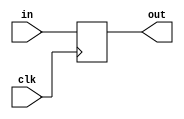
// bitcell.v
// How to use registers to latch data into one bitcell (reg)

module BitcellMod(clk, in, out);
   input clk, in;
   output out;

   reg bitcell;

   assign out = bitcell;

   always @(posedge clk) begin
      bitcell = in;
   end
endmodule

module TestMod;
   reg clk, data_in;
   wire data_out;

   BitcellMod my_memory1(clk, data_in, data_out);

   always begin // this is clock wave
      #1;
      clk = 0;  // 0 for half cycle (#1)
      #1;
      clk = 1;  // 1 for half cycle (#1)
   end
   
   initial begin
      $display("Time clk    in out");

      data_in = 0;
      #1;
      $display("%4d   %b    %b  %b", $time, clk, data_in, data_out);
      #1;
      $display("%4d   %b    %b  %b", $time, clk, data_in, data_out);

      data_in = 1;
      #1;
      $display("%4d   %b    %b  %b", $time, clk, data_in, data_out);
      #1;
      $display("%4d   %b    %b  %b", $time, clk, data_in, data_out);

      data_in = 0;
      #1;
      $display("%4d   %b    %b  %b", $time, clk, data_in, data_out);
      #1;
      $display("%4d   %b    %b  %b", $time, clk, data_in, data_out);

      data_in = 1;
      #1;
      $display("%4d   %b    %b  %b", $time, clk, data_in, data_out);
      #1;
      $display("%4d   %b    %b  %b", $time, clk, data_in, data_out);

      $finish;
   end
endmodule